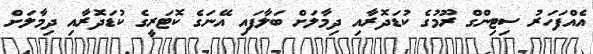
އެއްފަހަރު ސިޓިންގް ރޫމުގެ ކުޑަދޮރާއި ދިމާލަށް ބަލާފައި އޭނަގެ ކޮޓަރީގެ ކުޑަދޮރާއި ދިމާލަށް